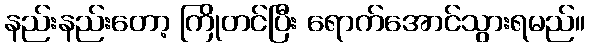
နည်းနည်းတော့ ကြိုတင်ပြီး ရောက်အောင်သွားရမည်။